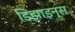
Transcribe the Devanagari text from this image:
डिझाइन्स